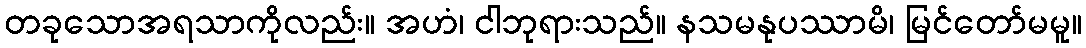
တခုသောအရသာကိုလည်း။ အဟံ၊ ငါဘုရားသည်။ နသမနုပဿာမိ၊ မြင်တော်မမူ။